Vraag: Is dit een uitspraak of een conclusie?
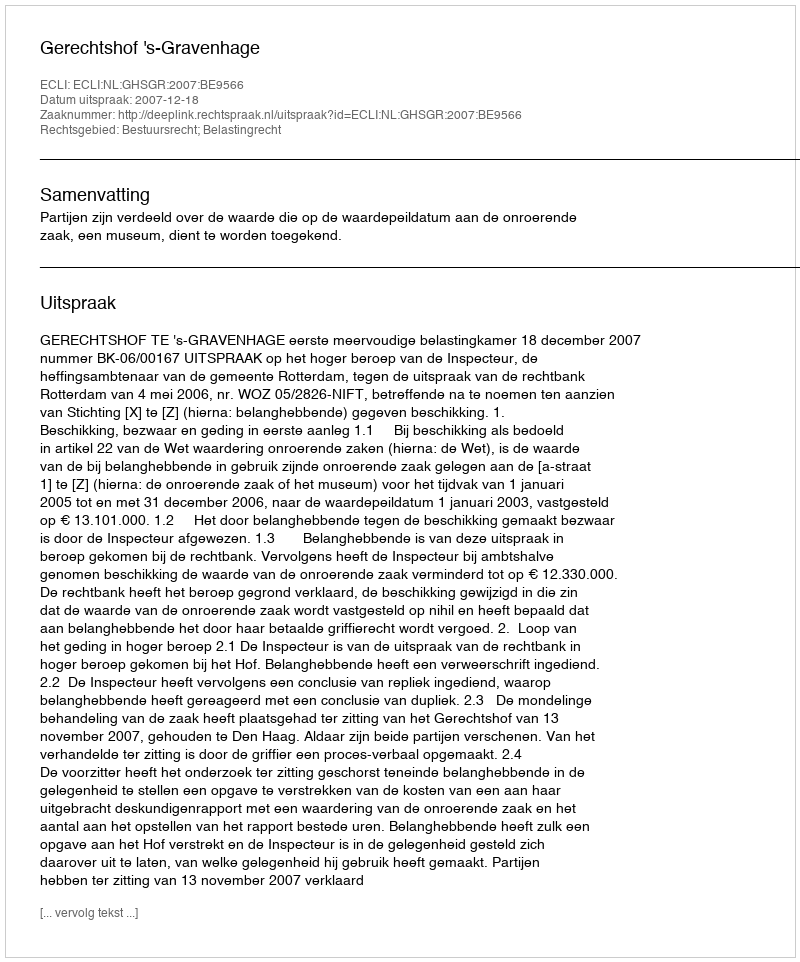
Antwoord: Uitspraak